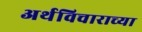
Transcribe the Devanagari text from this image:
अर्थविचाराच्या